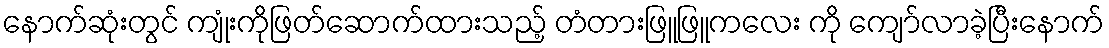
နောက်ဆုံးတွင် ကျုံးကိုဖြတ်ဆောက်ထားသည့် တံတားဖြူဖြူကလေး ကို ကျော်လာခဲ့ပြီးနောက်